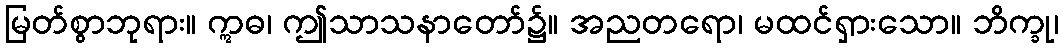
မြတ်စွာဘုရား။ ဣဓ၊ ဤသာသနာတော်၌။ အညတရော၊ မထင်ရှားသော။ ဘိက္ခု၊